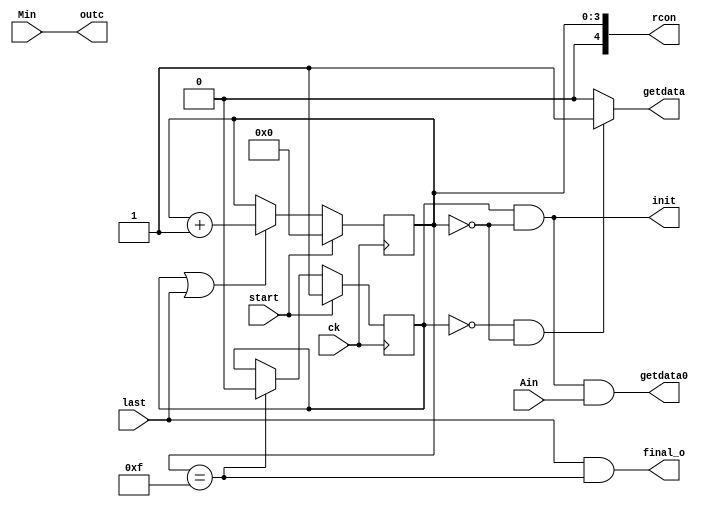
//  -----------------------------------------------------------------------------
//                     Design Information
//  -----------------------------------------------------------------------------
//
//
//        Description: 4x8x5-bit Control File
//
//  -----------------------------------------------------------------------------
module  lae_control  ( start , ck , Ain, Min, last, init, getdata, getdata0, outc, final_o, rcon ) ;

input   start ;
input   Ain ;
input   Min ;
input   last ;
input   ck ; // Rising edge clock

output    init;
output    getdata;
output    getdata0;
output    outc;
output    final_o;
output    [4:0] rcon;

reg     [3:0]  round_ps;
reg     first;
// Define counter
//
always  @ ( posedge ck  )  round_ps  <= start ? 0 : (first || last) ? round_ps+1 : round_ps;
always  @ ( posedge ck  )  first <= start ? 1 : (round_ps==15) ? 0 : first;
assign  init   =  (first&&round_ps==0) ;
assign getdata = (~first&& round_ps==0) ? 1 : 0;
assign getdata0= first && round_ps==0&&Ain;
assign rcon={1'b0, round_ps};
assign outc=Min;
assign final_o= (last&&round_ps==15);

endmodule